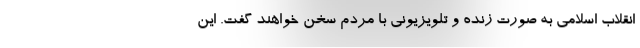
انقلاب اسلامی به صورت زنده و تلویزیونی با مردم سخن خواهند گفت. این